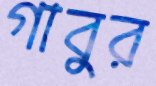
গাবুর